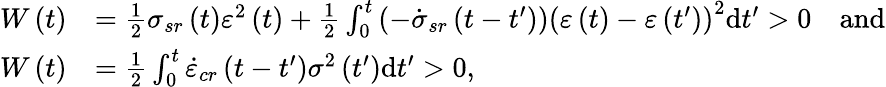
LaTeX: \begin{array}{rl}{W\left(t\right)}&{=\frac{1}{2}\sigma_{sr}\left(t\right)\varepsilon^{2}\left(t\right)+\frac{1}{2}\int_{0}^{t}\left(-\dot{\sigma}_{sr}\left(t-t^{\prime}\right)\right)\left(\varepsilon\left(t\right)-\varepsilon\left(t^{\prime}\right)\right)^{2}\mathrm{d}t^{\prime}>0\quad\mathrm{and}}\\ {W\left(t\right)}&{=\frac{1}{2}\int_{0}^{t}\dot{\varepsilon}_{cr}\left(t-t^{\prime}\right)\sigma^{2}\left(t^{\prime}\right)\mathrm{d}t^{\prime}>0,}\end{array}